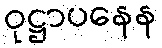
ဝုဋ္ဌာပနေန